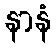
နာနံ